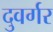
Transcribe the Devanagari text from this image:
दुवर्गर